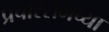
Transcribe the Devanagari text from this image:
प्रचारसभेच्या